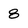
Character: 8